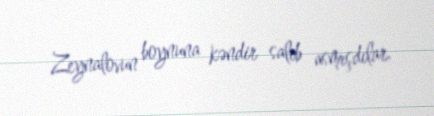
Zeynalovun boynuna kəndir salıb asmışdılar.